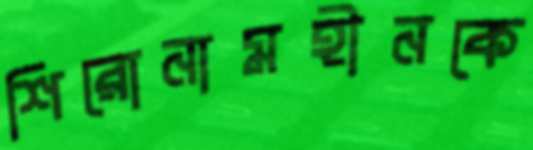
শিরোনামহীনকে